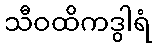
သီဝထိကဒွါရံ